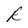
Character: R